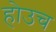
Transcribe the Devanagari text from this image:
होउच